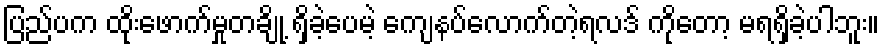
ပြည်ပက ထိုးဖောက်မှုတချို့ ရှိခဲ့ပေမဲ့ ကျေနပ်လောက်တဲ့ရလဒ် ကိုတော့ မရရှိခဲ့ပါဘူး။